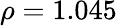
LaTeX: \rho=1.045